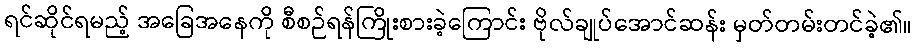
ရင်ဆိုင်ရမည့် အခြေအနေကို စီစဉ်ရန်ကြိုးစားခဲ့ကြောင်း ဗိုလ်ချုပ်အောင်ဆန်း မှတ်တမ်းတင်ခဲ့၏။